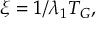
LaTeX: \xi = 1 / \lambda _ { 1 } T _ { G } ,